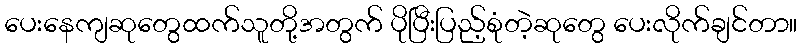
ပေးနေကျဆုတွေထက်သူတို့အတွက် ပိုပြီးပြည့်စုံတဲ့ဆုတွေ ပေးလိုက်ချင်တာ။